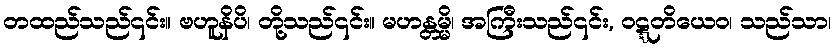
တထည်သည်၎င်း။ ဗဟူနိပိ၊ တို့သည်၎င်း။ မဟန္တမ္မိ၊ အကြီးသည်၎င်း, ဝဋ္ဋတိယေဝ၊ သည်သာ၊